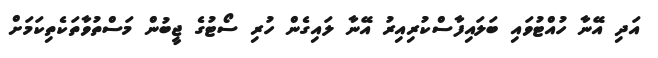
އަދި އޭނާ ހުއްޓުވައި ބަލައިފާސްކުރިއިރު އޭނާ ލައިގެން ހުރި ސޯޓުގެ ޖީބުން މަސްތުވާތަކެތިކަމަށް